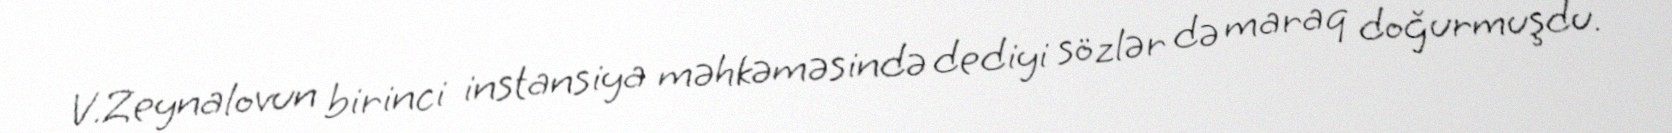
V.Zeynalovun birinci instansiya məhkəməsində dediyi sözlər də maraq doğurmuşdu.